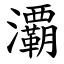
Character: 㶚